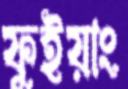
ফুইয়াং